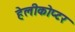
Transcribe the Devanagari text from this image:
हेलीकोप्टर